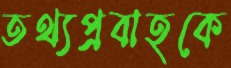
তথ্যপ্রবাহকে